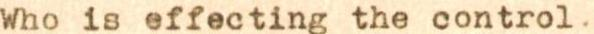
Who is effecting the control.